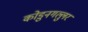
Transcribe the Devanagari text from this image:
कोडुनगल्लुर